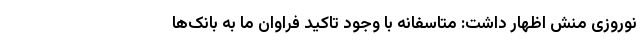
نوروزی منش اظهار داشت: متاسفانه با وجود تاکید فراوان ما به بانک‌ها